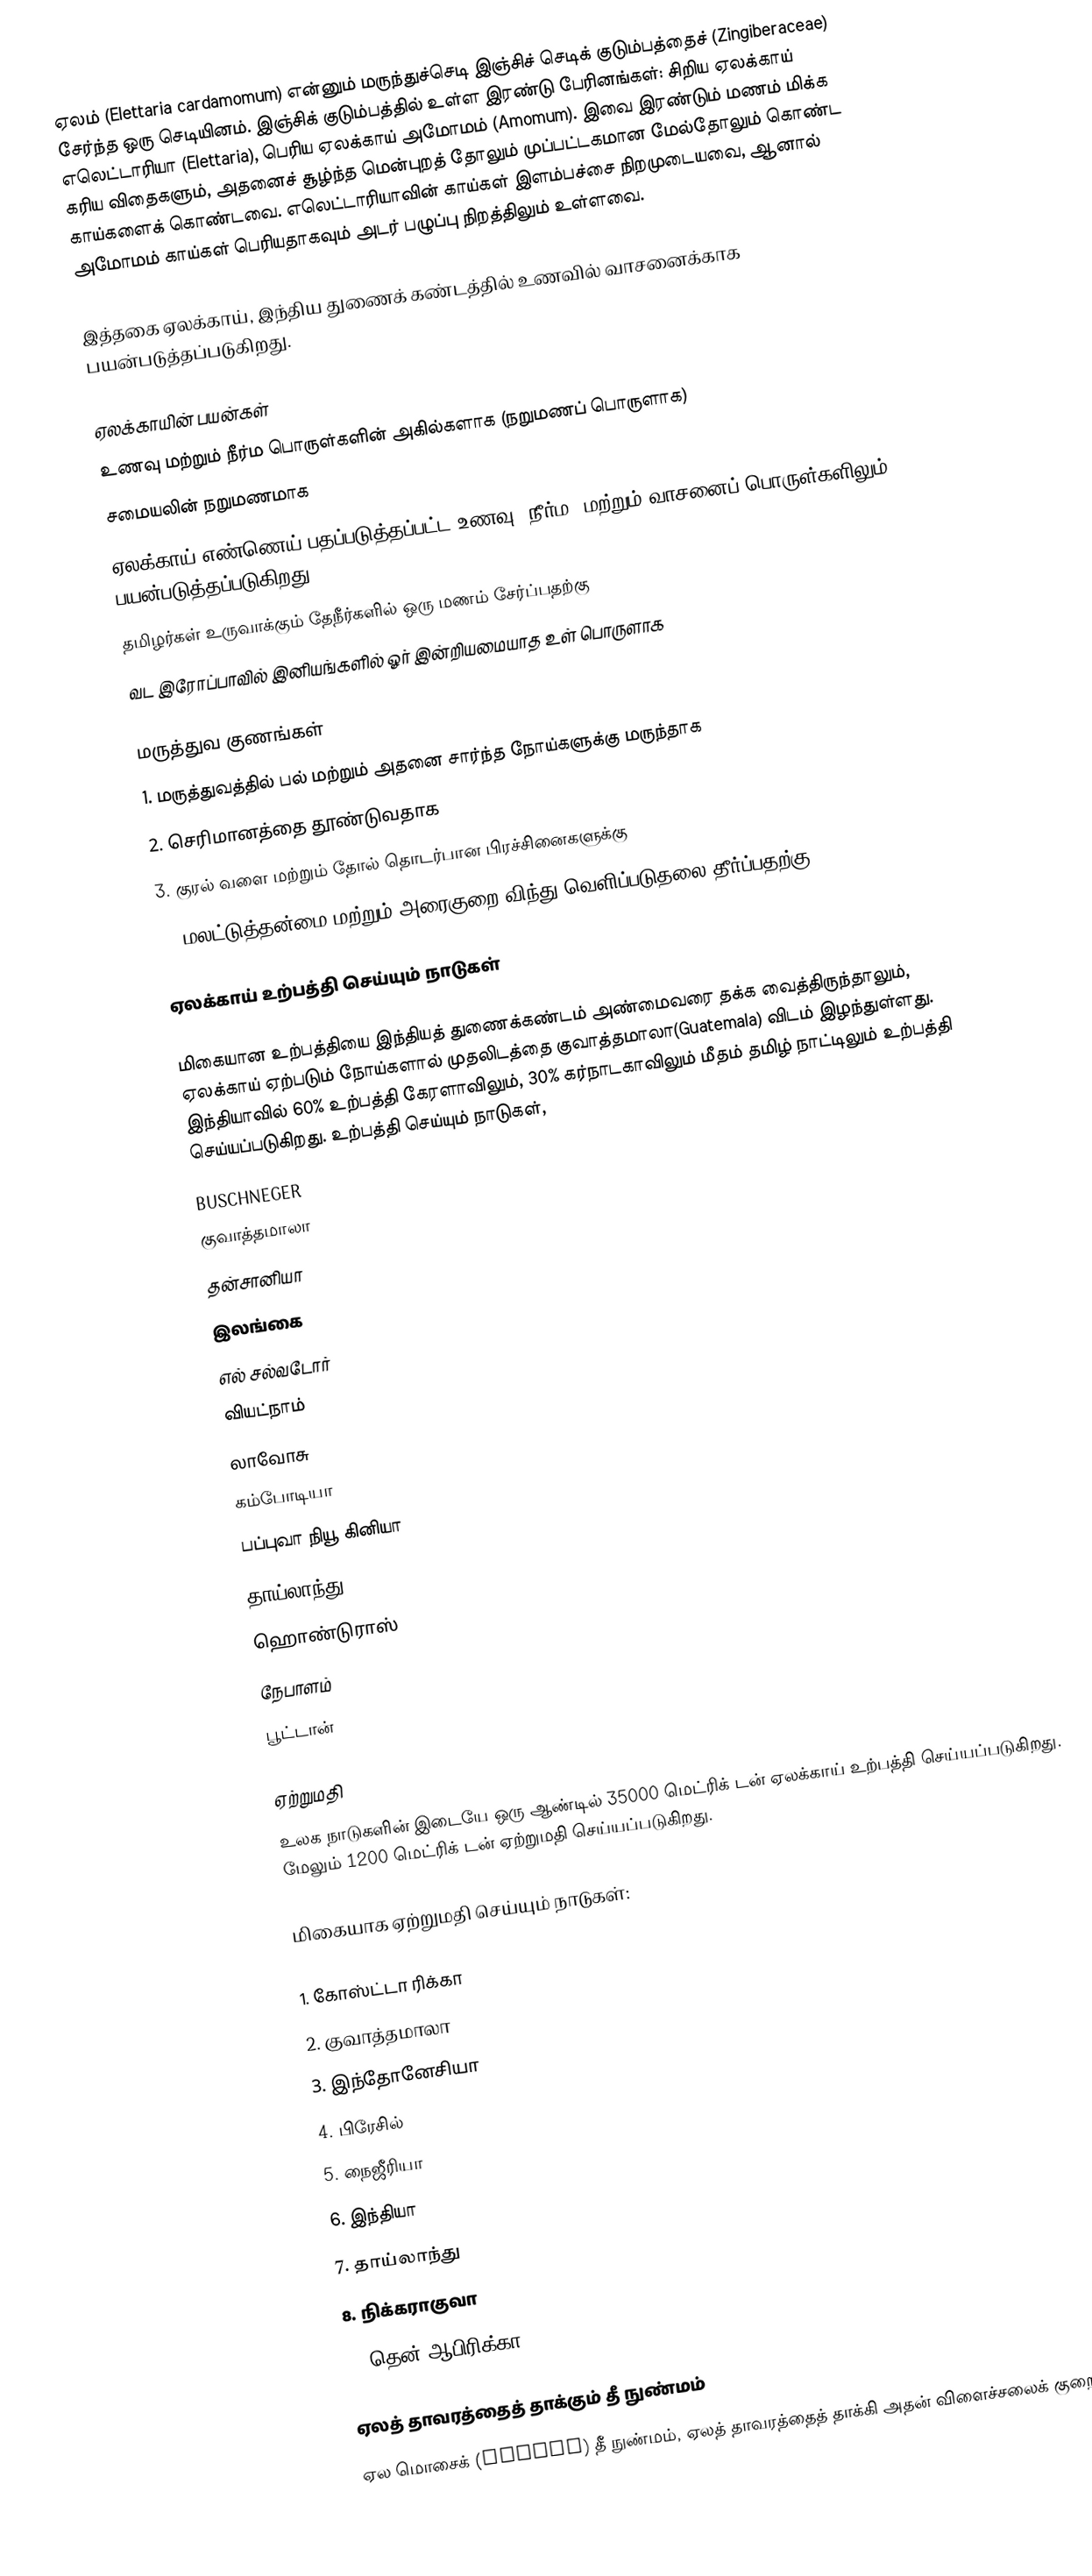
ஏலம் (Elettaria cardamomum) என்னும் மருந்துச்செடி இஞ்சிச் செடிக் குடும்பத்தைச் (Zingiberaceae) சேர்ந்த ஒரு செடியினம். இஞ்சிக் குடும்பத்தில் உள்ள இரண்டு பேரினங்கள்: சிறிய ஏலக்காய் எலெட்டாரியா (Elettaria), பெரிய ஏலக்காய் அமோமம் (Amomum). இவை இரண்டும் மணம் மிக்க கரிய விதைகளும், அதனைச் சூழ்ந்த மென்புறத் தோலும் முப்பட்டகமான மேல்தோலும் கொண்ட காய்களைக் கொண்டவை. எலெட்டாரியாவின் காய்கள் இளம்பச்சை நிறமுடையவை, ஆனால் அமோமம் காய்கள் பெரியதாகவும் அடர் பழுப்பு நிறத்திலும் உள்ளவை.

இத்தகை ஏலக்காய், இந்திய துணைக் கண்டத்தில் உணவில் வாசனைக்காக பயன்படுத்தப்படுகிறது.

ஏலக்காயின் பயன்கள்
 உணவு மற்றும் நீர்ம பொருள்களின் அகில்களாக (நறுமணப் பொருளாக)
 சமையலின் நறுமணமாக
 ஏலக்காய் எண்ணெய் பதப்படுத்தப்பட்ட உணவு, நீர்ம, மற்றும் வாசனைப் பொருள்களிலும் பயன்படுத்தப்படுகிறது.
 தமிழர்கள் உருவாக்கும் தேநீர்களில் ஒரு மணம் சேர்ப்பதற்கு
 வட இரோப்பாவில் இனியங்களில் ஓர் இன்றியமையாத உள் பொருளாக

மருத்துவ குணங்கள்
1. மருத்துவத்தில் பல் மற்றும் அதனை சார்ந்த நோய்களுக்கு மருந்தாக
2. செரிமானத்தை தூண்டுவதாக
3. குரல் வளை மற்றும் தோல் தொடர்பான பிரச்சினைகளுக்கு
4. மலட்டுத்தன்மை மற்றும் அரைகுறை விந்து வெளிப்படுதலை தீர்ப்பதற்கு

ஏலக்காய் உற்பத்தி செய்யும் நாடுகள்

மிகையான உற்பத்தியை இந்தியத் துணைக்கண்டம் அண்மைவரை தக்க வைத்திருந்தாலும், ஏலக்காய் ஏற்படும் நோய்களால் முதலிடத்தை குவாத்தமாலா(Guatemala) விடம் இழந்துள்ளது. இந்தியாவில் 60% உற்பத்தி கேரளாவிலும், 30% கர்நாடகாவிலும் மீதம் தமிழ் நாட்டிலும் உற்பத்தி செய்யப்படுகிறது. உற்பத்தி செய்யும் நாடுகள்,
BUSCHNEGER
 குவாத்தமாலா
 தன்சானியா
 இலங்கை
 எல் சல்வடோர்
 வியட்நாம்
 லாவோசு
 கம்போடியா
 பப்புவா நியூ கினியா
 தாய்லாந்து
 ஹொண்டுராஸ்
 நேபாளம்
 பூட்டான்

ஏற்றுமதி
உலக நாடுகளின் இடையே ஒரு ஆண்டில் 35000 மெட்ரிக் டன் ஏலக்காய் உற்பத்தி செய்யப்படுகிறது. மேலும் 1200 மெட்ரிக் டன் ஏற்றுமதி செய்யப்படுகிறது.

மிகையாக ஏற்றுமதி செய்யும் நாடுகள்:

1. கோஸ்ட்டா ரிக்கா
2. குவாத்தமாலா
3. இந்தோனேசியா
4. பிரேசில்
5. நைஜீரியா
6. இந்தியா
7. தாய்லாந்து
8. நிக்கராகுவா
9. தென் ஆபிரிக்கா

ஏலத் தாவரத்தைத் தாக்கும் தீ நுண்மம்
ஏல மொசைக் (mosaic) தீ நுண்மம், ஏலத் தாவரத்தைத் தாக்கி அதன் விளைச்சலைக் குறைக